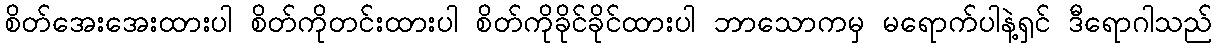
စိတ်အေးအေးထားပါ စိတ်ကိုတင်းထားပါ စိတ်ကိုခိုင်ခိုင်ထားပါ ဘာသောကမှ မရောက်ပါနဲ့ရှင် ဒီရောဂါသည်